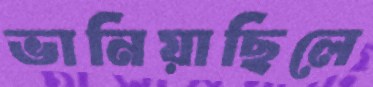
ভানিয়াছিলে